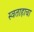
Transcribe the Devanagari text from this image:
स्वताहाचा